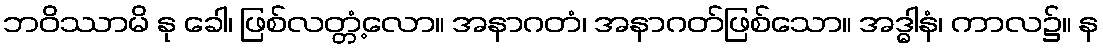
ဘဝိဿာမိ နု ခေါ၊ ဖြစ်လတ္တံ့လော။ အနာဂတံ၊ အနာဂတ်ဖြစ်သော။ အဒ္ဓါနံ၊ ကာလ၌။ န